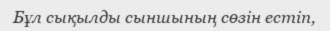
Бұл сықылды сыншының сөзін естіп,